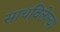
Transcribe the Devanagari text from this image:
साचविलेल्या